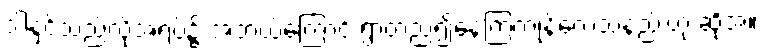
ဒါနှင့်သည်လိုအရပ်၌ အဘယ်ကြောင့် ရွာတည်၍နေကြကုန်လေသနည်းဟု ဆိုအံ့။